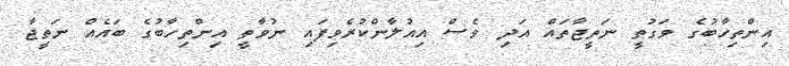
އިންތިހާބުގެ ވަގުތީ ނަތީޖާތައް އަދި ވެސް އިއުލާންކުރެވިފައި ނުވާތީ އިންތިހާބުގެ ބައެއް ނަތީޖާ